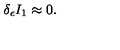
\delta _ { \epsilon } I _ { 1 } \approx 0 .